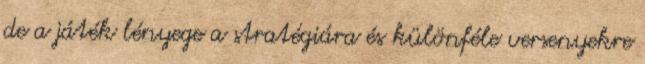
de a játék lényege a stratégiára és különféle versenyekre